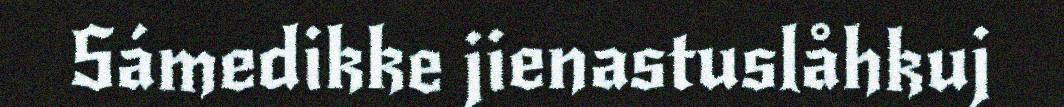
Sámedikke jienastuslåhkuj